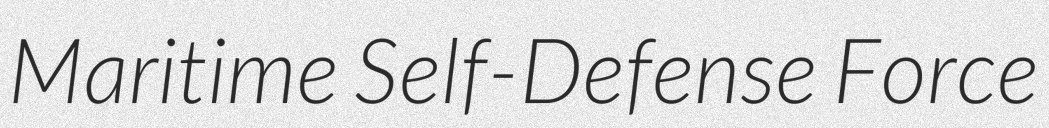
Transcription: Maritime Self-Defense Force